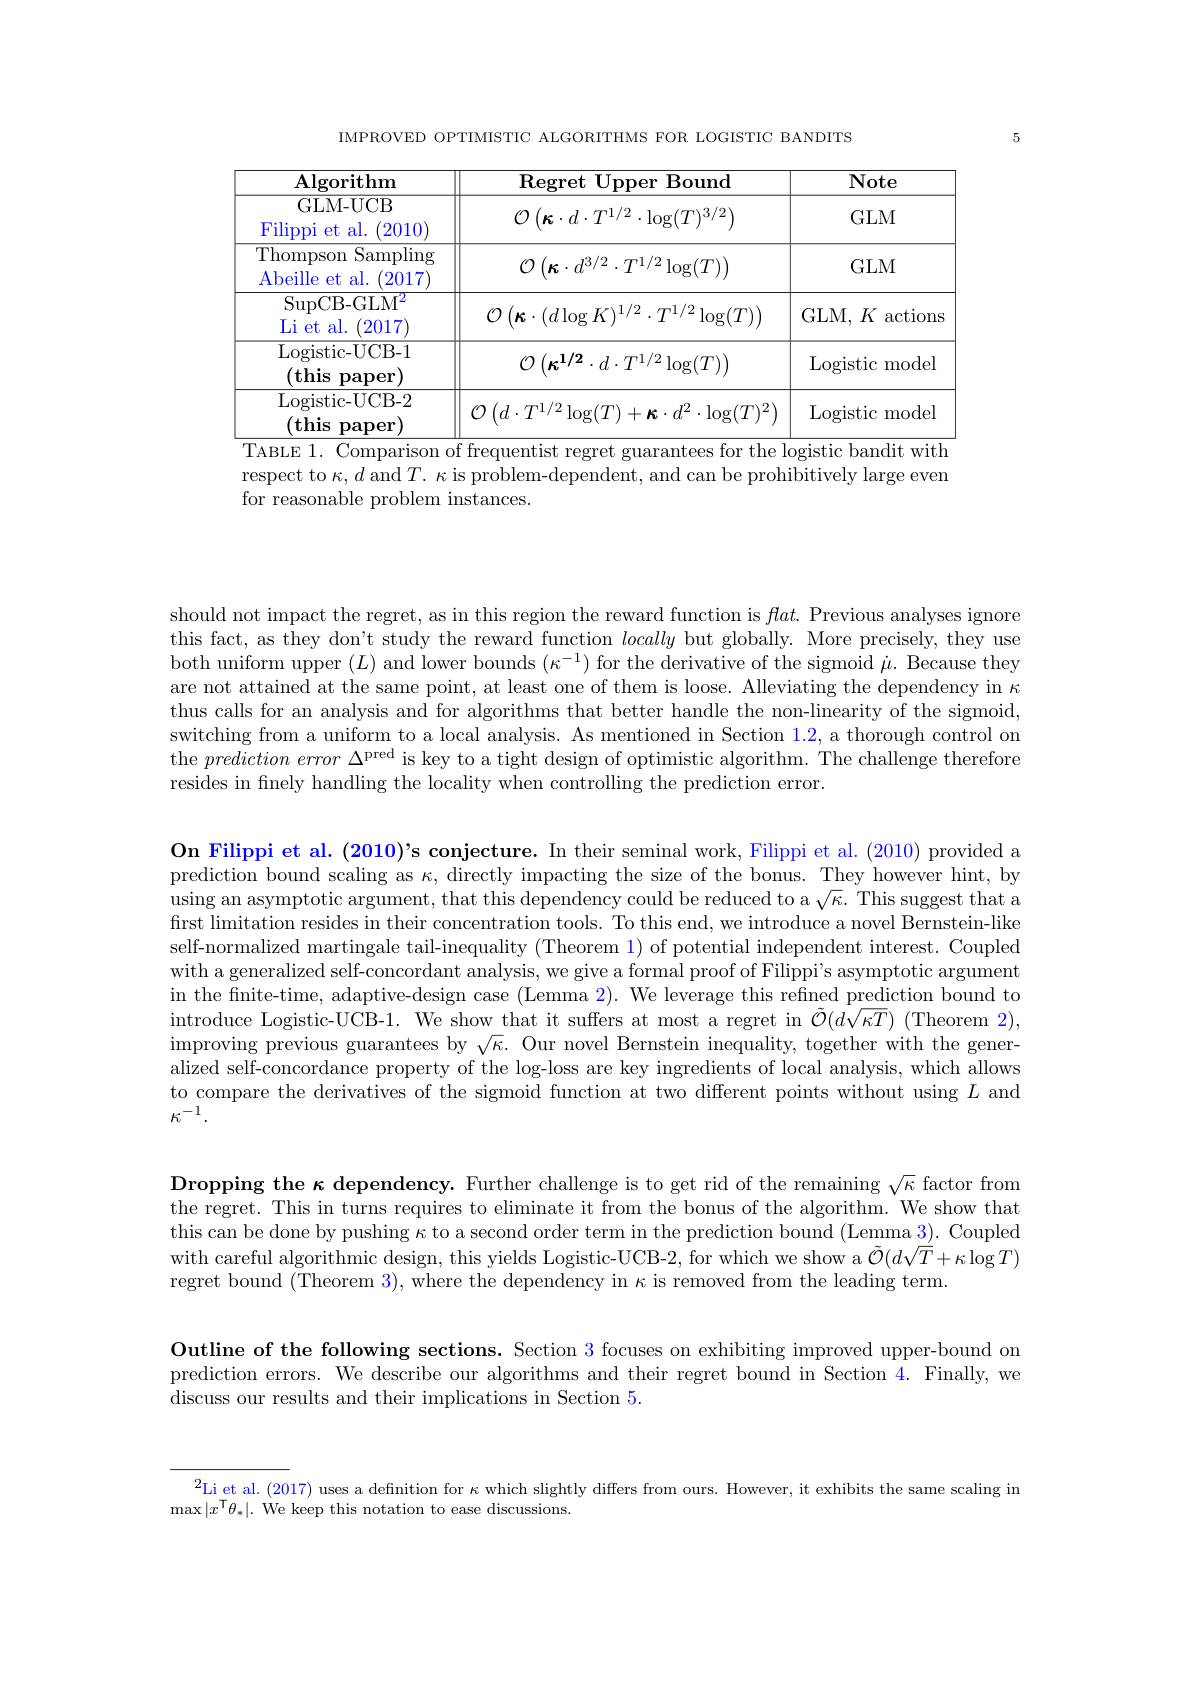
IMPROVED OPTIMISTIC ALGORITHMS FOR LOGISTIC BANDITS

<table>
	<tbody>
		<tr>
			<th>$\mathbf{Algorithm}$</th>
			<th>Regret Upper Bound</th>
			<th>Note</th>
		</tr>
		<tr>
			<td>GLM- UCB $\operatorname{Filippi}$ i et al. 2010</td>
			<td>$\mathcal{O}\left(\boldsymbol{\kappa}\cdot d\cdot T^{1/2}\cdot\log(T)^{3/2}\right)$</td>
			<td>GLM</td>
		</tr>
		<tr>
			<td>$\mathop{\mathrm{Sampling}}$ $\operatorname{Thompson}$ Abeille et t al. 2017</td>
			<td>$\mathcal{O}\left(\boldsymbol{\kappa}\cdot d^{3/2}\cdot T^{1/2}\log(T)\right)$</td>
			<td>GLM</td>
		</tr>
		<tr>
			<td>$\operatorname{SupCB-GLM}$ 1 Li et al. 2017</td>
			<td>$\mathcal{O}\left(\boldsymbol{\kappa}\cdot(d\log K)^{1/2}\cdot T^{1/2}\log(T)\right)$</td>
			<td>GLM, $K$ a actions</td>
		</tr>
		<tr>
			<td>Logistic- UCB- 1 (this $\mathbf{paper}$</td>
			<td>$\mathcal{O}\left(\kappa^{1/2}\cdot d\cdot T^{1/2}\log(T)\right)$</td>
			<td>Logistic model</td>
		</tr>
		<tr>
			<td>Logistic- UCB- 2 $(\mathbf{this}$ $\mathbf{paper}$</td>
			<td>$\mathcal{O}\left(d\cdot T^{1/2}\log(T)+\boldsymbol{\kappa}\cdot d^{2}\cdot\log(T)^{2}\right)$</td>
			<td>Logistic model</td>
		</tr>
	</tbody>
</table>
1. Comparison of frequentist regret guarantees

respect to $\kappa,d$ and $T.$ $\kappa$ is problem-dependent, and can be prohibitively large even
for reasonable problem instances.

should not impact the regret, as in this region the reward function is $flat.$ Previous analyses ignore this fact, as they don't study the reward function locally but globally. More precisely, they use both uniform upper $(L)$ and lower bounds $(\kappa^{-1})$ for the derivative of the sigmoid $\mu.$ Because they are not attained at the same point, at least one of them is loose. Alleviating the dependency in $\kappa$ thus calls for an analysis and for algorithms that better handle the non-linearity of the sigmoid, switching from a uniform to a local analysis. As mentioned in Section 1.2, a thorough control on the $prediction\textit{ error }\Delta ^\text{pred is key to a tight design of optimistic algorithm. The challenge therefore}$ resides in finely handling the locality when controlling the prediction error.

On Filippi et al. (2010)'s conjecture. In their seminal work, Filippi et al. (2010) provided a prediction bound scaling as $\kappa$, directly impacting the size of the bonus. They however hint, by using an asymptotic argument, that this dependency could be reduced to a $\sqrt{\kappa}.$ This suggest that a first limitation resides in their concentration tools. To this end, we introduce a novel Bernstein-like self-normalized martingale tail-inequality (Theorem 1) of potential independent interest. Coupled with a generalized self-concordant analysis, we give a formal proof of Filippi's asymptotic argument in the finite-time, adaptive-design case (Lemma 2). We leverage this refined prediction bound to introduce Logistic-UCB-1. We show that it suffers at most a regret in $\tilde{\mathcal{O}}(d\bar{\sqrt{\kappa T}})$ (Theorem 2), improving previous guarantees by $\sqrt{\kappa}.$ Our novel Bernstein inequality, together with the generalized self-concordance property of the log-loss are key ingredients of local analysis, which allows to compare the derivatives of the sigmoid function at two different points without using $L$ and $\kappa^{-1}.$

Dropping the $\kappa$ dependency. Further challenge is to get rid of the remaining $\sqrt{\kappa}$ factor from the regret. This in turns requires to eliminate it from the bonus of the algorithm. We show that this can be done by pushing $\kappa$ to a second order term in the prediction bound (Lemma 3). Coupled with careful algorithmic design, this yields Logistic-UCB-2, for which we show a $\tilde{\mathcal{O}}(d\sqrt{T}+\kappa\log T)$ regret bound (Theorem 3), where the dependency in $\kappa$ is removed from the leading term.

Outline of the following sections. Section $\color{red}{3\text{ focuses on exhibiting improved upper-bound on}}$ prediction errors. We describe our algorithms and their regret bound in Section 4. Finally, we discuss our results and their implications in Section 5.

$^{2}$Li et al. (2017) uses a definition for $\kappa$ which slightly differs from ours. However, it exhibits the same scaling in
$\max|x^{\mathsf{T}}\theta_{*}|.$ We keep this notation to ease discussions.